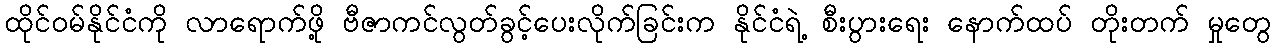
ထိုင်ဝမ်နိုင်ငံကို လာရောက်ဖို့ ဗီဇာကင်လွတ်ခွင့်ပေးလိုက်ခြင်းက နိုင်ငံရဲ့ စီးပွားရေး နောက်ထပ် တိုးတက် မှုတွေ